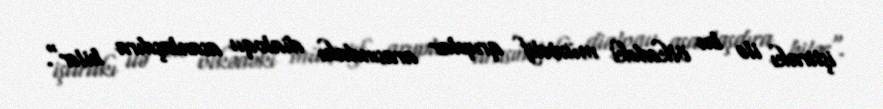
iştirakı ilə bu ölkədəki müxtəlif qruplar arasındakı dialoqu asanlaşdıra bilər".